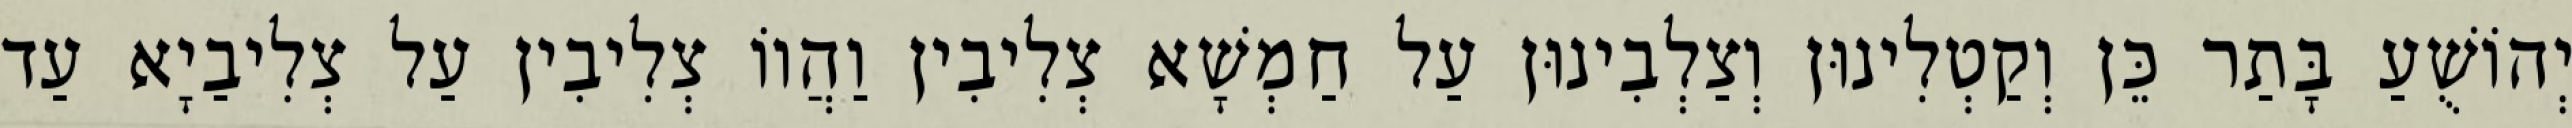
יְהוֹשֻׁעַ בָּתַר כֵּן וְקַטְלִינוּן וְצַלְבִינוּן עַל חַמְשָׁא צְלִיבִין וַהֲווֹ צְלִיבִין עַל צְלִיבַיָא עַד